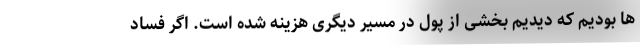
ها بودیم که دیدیم بخشی از پول در مسیر دیگری هزینه شده است. اگر فساد